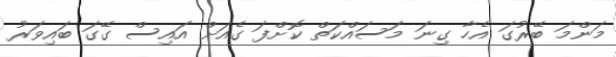
މަންމަ ބޭރުގަ އެހާ ގިނަ މަސައްކަތް ކޮށްފަ ގެއަށް އައިސް ގޭގަ ބައިވަރު